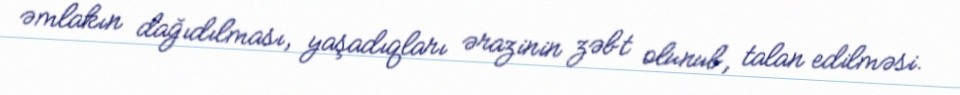
əmlakın dağıdılması, yaşadıqları ərazinin zəbt olunub, talan edilməsi.